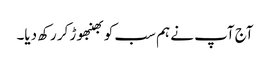
آج آپ نے ہم سب کو بھنبھوڑ کر رکھ دیا۔